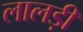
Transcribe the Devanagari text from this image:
लालड़ी